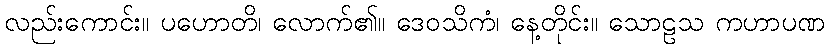
လည်းကောင်း။ ပဟောတိ၊ လောက်၏။ ဒေဝသိကံ၊ နေ့တိုင်း။ သောဠသ ကဟာပဏ